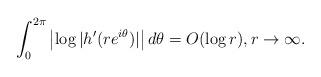
LaTeX: \begin{align*}\int_0^{2\pi}\left|\log|h'(re^{i\theta})|\right|d\theta=O(\log r),r\to\infty.\end{align*}